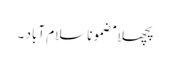
پچھلا مضموناسلام آباد ۔